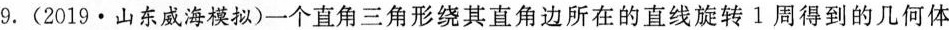
9.(2019·山东威海模拟)一个直角三角形绕其直角边所在的直线旋转1周得到的几何体